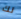
لك